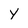
Character: Y